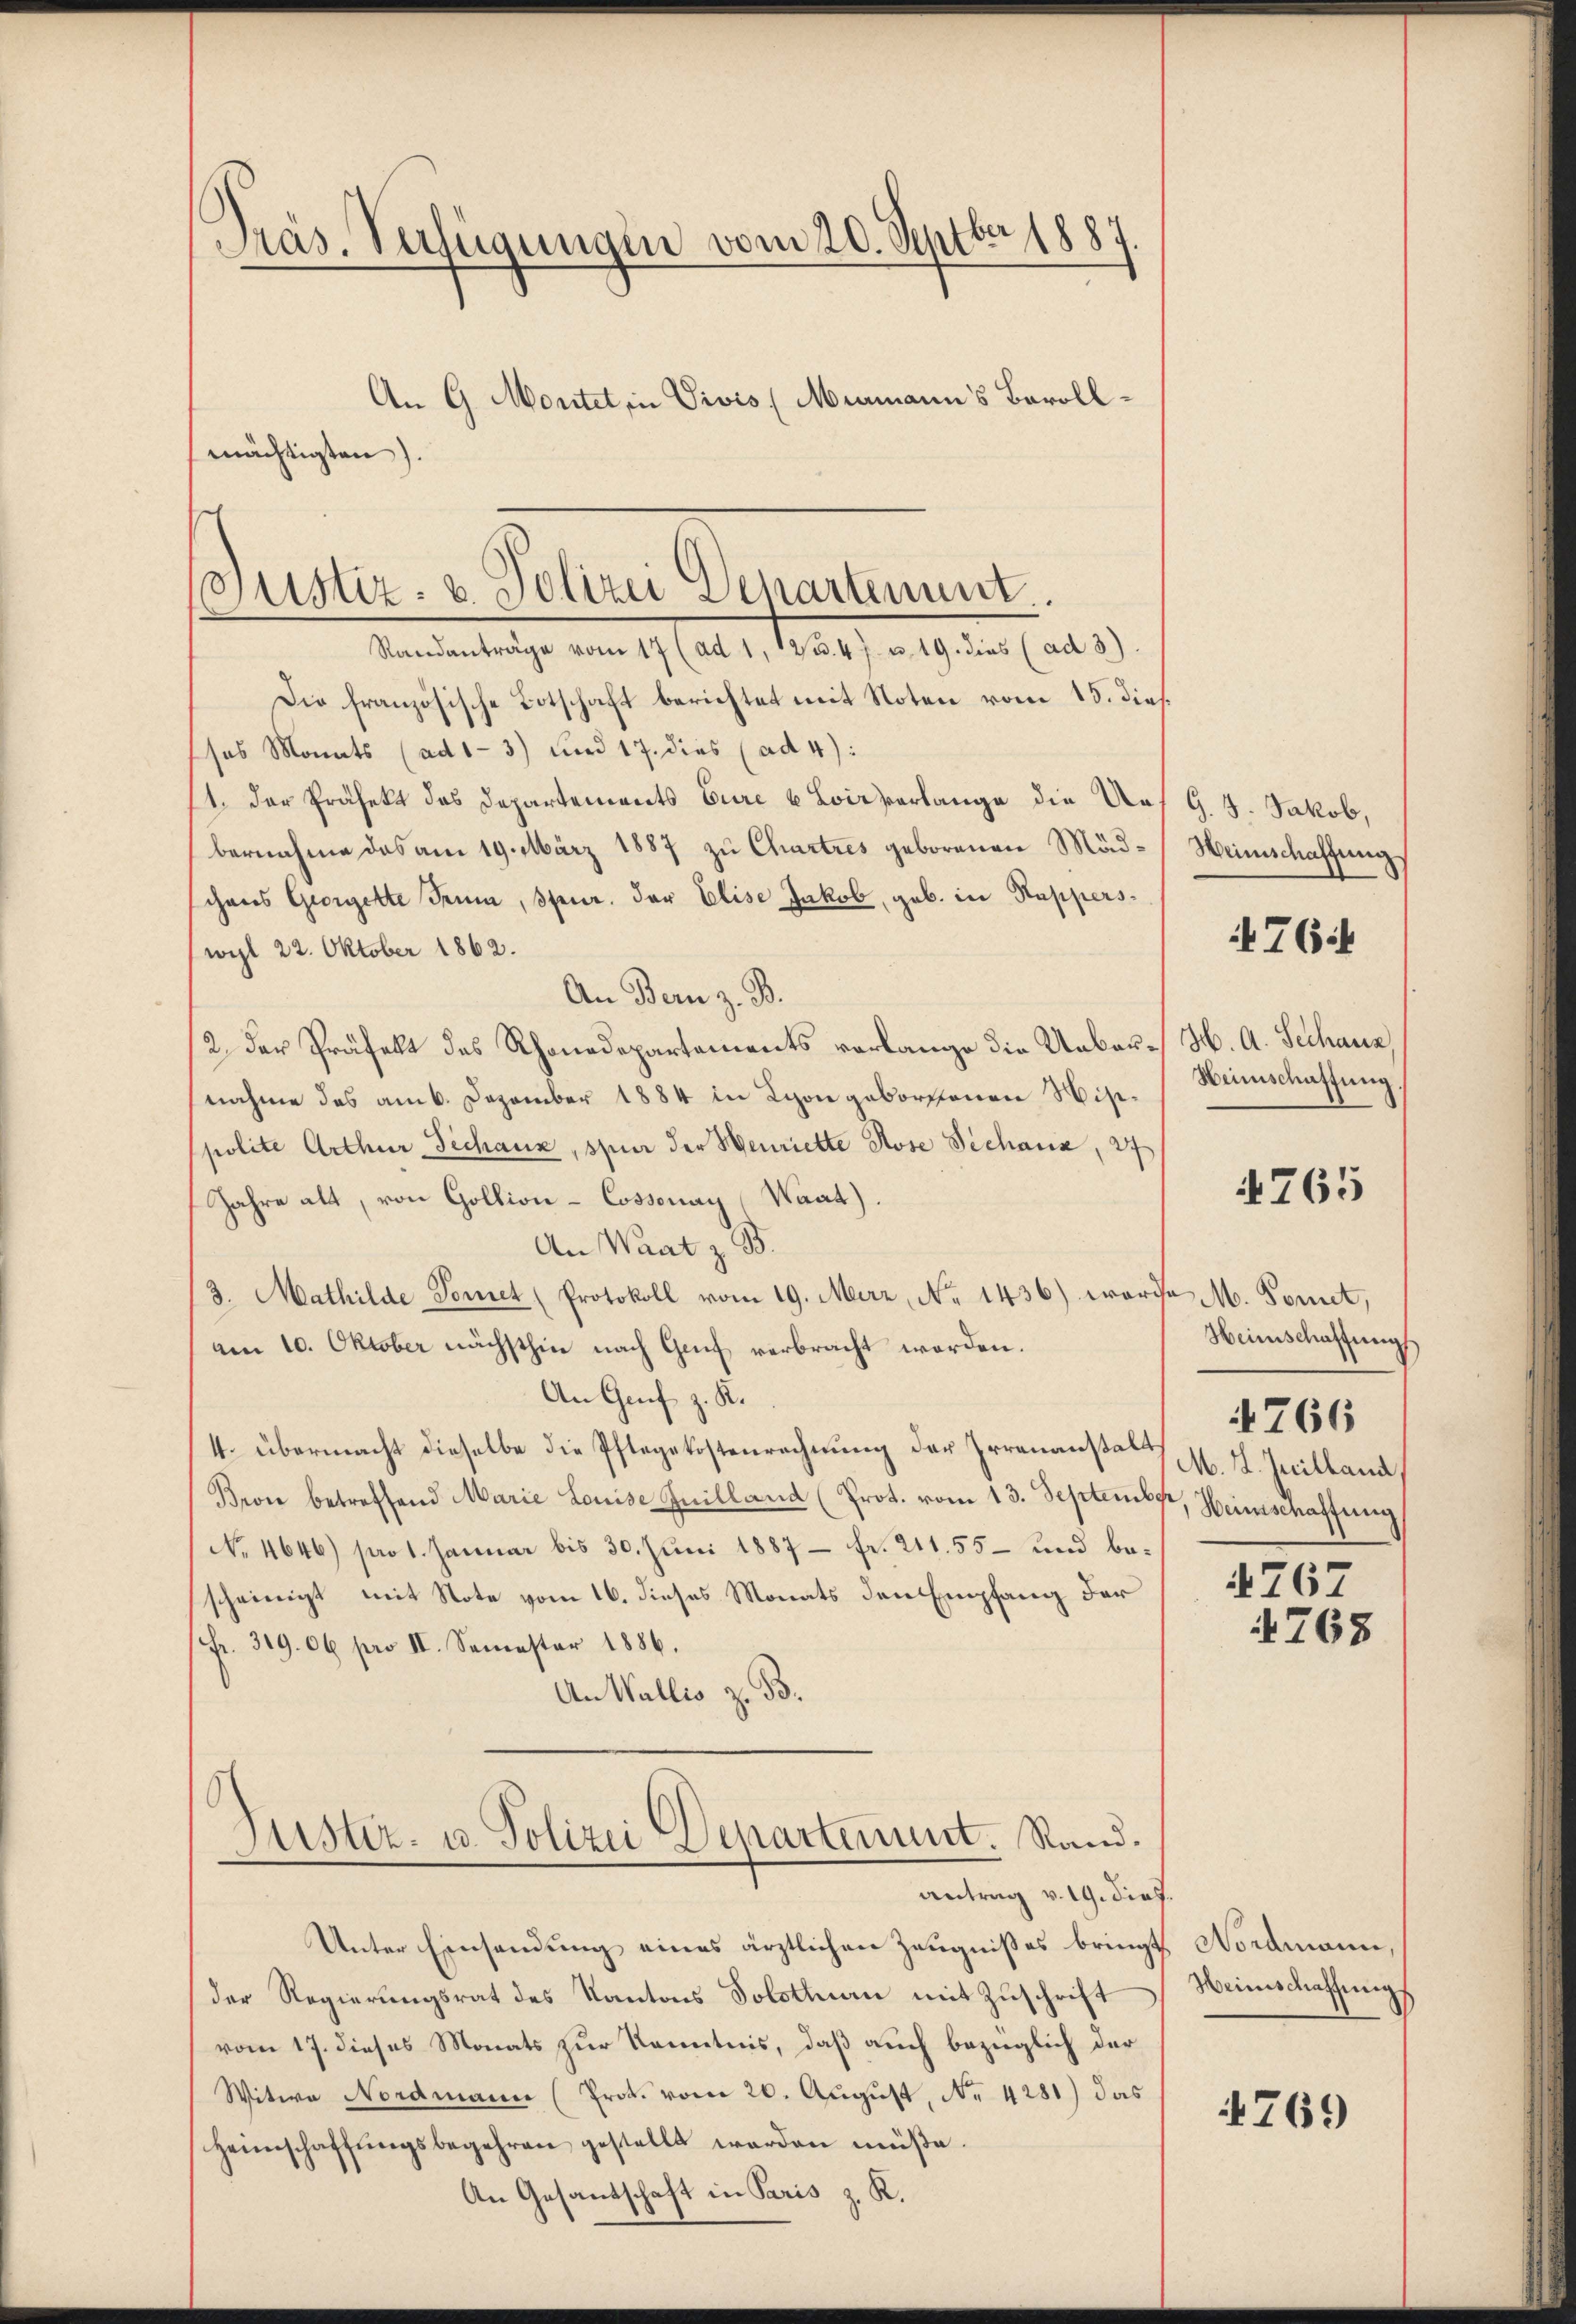
Präs. Verfügungen vom 20. Septbr 1887
An G. Moritet, in Vivis (Miamann’s Bevollmächtigten).

Standanträge vom 17 (ad 1, 125. 47 u. 19. dies (ad 3)
Die französische Botschaft berichtet mit Noten vom 15. dies
sos Monats (ad1-3) und 17. dies (ad 4):
1. Der Präfekt das Departements Eure 6 Loirverlange die Aus G. 5. Jakob,
bernahme das am 19. März 1887 zu Chartres geborenen Mäd-Heimschaffung,
chens Georgelte Trum, spur. der Elise Jakob, geb. in Kapperswihl 22. Oktober 1862.
An Bern z. B.
2. der Präfelt des Rhonadepartements vorlange die Uebernahme das am 6. Dezember 1884 in Lyon geborsonen Nisipolite Arthur Techanz, spur der Henriette Rose Dechanz, 27
Jahre alt, von Gollion-Cossonay (Waat).
An Wart z. B.
3. Mathilde Tonet (Protokoll vom 19. März, No 1436) worde M. Komet,
von 10. Oktober nächsthin nach Genf verbracht worden.
An Genf z. K.
4. übermacht dieselbe die Pflegekostenrechnung der Irrenanstalt
Bron betreffend Marie Louise Inilland (Prot. vom 13. September, Heimschaffung
No. 4646) pro 1. Januar bis 30. Juni 1887 – fr. 211. 55 – und bescheinigt mit Note vom 16. dieses Monats den Empfang der
fr. 319. 06 pro II. Semester 1886.
An Wallis z. B.
Justiz- u. Polizei Departement. Rand.
antrag v. 19. dies.
Unter Einsendung eines ärztlichen Zeugnißes bringt, Nordmann,
der Regierungsrat des Kantons Solothurn mit Zuschrift
vom 17. dieses Monats zur Kenntnis, daß auch bezüglich der
Witwe Nordmann (Prok. vom 20. Aŭgŭst No. 4281) das
Heimschaffŭngsbegehren gestellt werden müße.
An Gesandschaft in Paris z. K.

Justiz- & Polizei Departement.

764

H. A. Sechanz
Heimschaftung

765

Heimschaffung
M. L. Juilland
4767

4766

4768

Weinschaffungs

4769